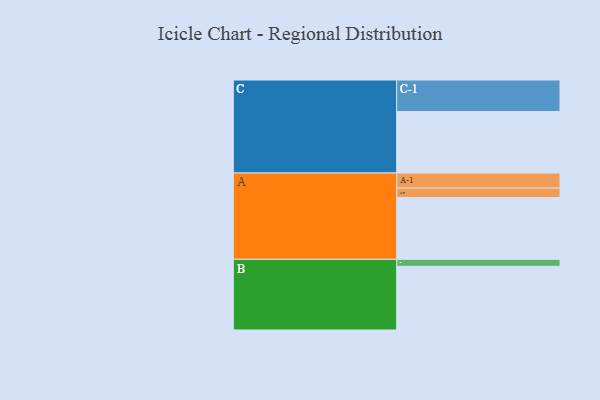
{"axis": {"x": "Segment", "y": "Value"}, "legend": ["", "A", "B", "C"], "data": [{"x": "A", "y": 558, "type": ""}, {"x": "B", "y": 575, "type": ""}, {"x": "C", "y": 555, "type": ""}, {"x": "A-1", "y": 136, "type": "A"}, {"x": "A-2", "y": 85, "type": "A"}, {"x": "B-1", "y": 63, "type": "B"}, {"x": "C-1", "y": 285, "type": "C"}]}